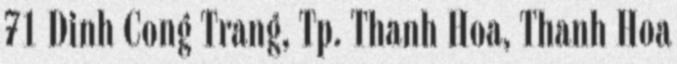
71 Dinh Cong Trang, Tp. Thanh Hoa, Thanh Hoa